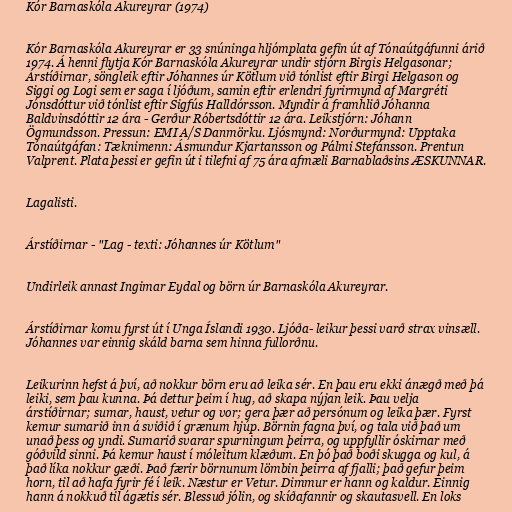
Kór Barnaskóla Akureyrar (1974)

Kór Barnaskóla Akureyrar er 33 snúninga hljómplata gefin út af Tónaútgáfunni árið
1974. Á henni flytja Kór Barnaskóla Akureyrar undir stjórn Birgis Helgasonar;
Árstíðirnar, söngleik eftir Jóhannes úr Kötlum við tónlist eftir Birgi Helgason og
Siggi og Logi sem er saga í ljóðum, samin eftir erlendri fyrirmynd af Margréti
Jónsdóttur við tónlist eftir Sigfús Halldórsson. Myndir á framhlið Jóhanna
Baldvinsdóttir 12 ára - Gerður Róbertsdóttir 12 ára. Leikstjórn: Jóhann
Ögmundsson. Pressun: EMI A/S Danmörku. Ljósmynd: Norðurmynd: Upptaka
Tónaútgáfan: Tæknimenn: Ásmundur Kjartansson og Pálmi Stefánsson. Prentun
Valprent. Plata þessi er gefin út i tilefni af 75 ára afmæli Barnablaðsins ÆSKUNNAR.

Lagalisti.

Árstíðirnar - "Lag - texti: Jóhannes úr Kötlum"

Undirleik annast Ingimar Eydal og börn úr Barnaskóla Akureyrar.

Árstíðirnar komu fyrst út í Unga Íslandi 1930. Ljóða- leikur þessi varð strax vinsæll.
Jóhannes var einnig skáld barna sem hinna fullorðnu.

Leikurinn hefst á því, að nokkur börn eru að leika sér. En þau eru ekki ánægð með þá
leiki, sem þau kunna. Þá dettur þeim í hug, að skapa nýjan leik. Þau velja
árstíðirnar; sumar, haust, vetur og vor; gera þær að persónum og leika þær. Fyrst
kemur sumarið inn á sviðið í grænum hjúp. Börnin fagna því, og tala við það um
unað þess og yndi. Sumarið svarar spurningum þeirra, og uppfyllir óskirnar með
góðvild sinni. Þá kemur haust í móleitum klæðum. En þó það boði skugga og kul, á
það líka nokkur gæði. Það færir börnunum lömbin þeirra af fjalli; það gefur þeim
horn, til að hafa fyrir fé í leik. Næstur er Vetur. Dimmur er hann og kaldur. Einnig
hann á nokkuð til ágætis sér. Blessuð jólin, og skíðafannir og skautasvell. En loks